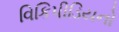
વિકિપીડિયનો